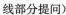
线部分提问)